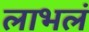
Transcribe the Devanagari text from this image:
लाभलं